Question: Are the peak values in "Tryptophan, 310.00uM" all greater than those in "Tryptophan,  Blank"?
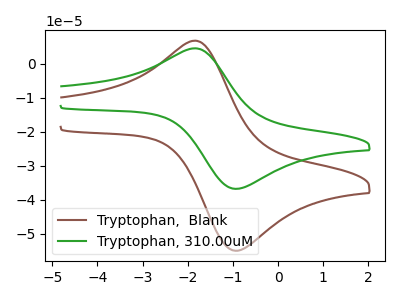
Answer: <think>The brown curve "Tryptophan,  Blank" has an anodic peak at (-1.85V, 6.80uA) and a cathodic peak at (-0.90V, -54.95uA). The green curve "Tryptophan, 310.00uM" has an anodic peak at (-1.85V, 4.55uA) and a cathodic peak at (-0.90V, -36.75uA).</think>
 <answer>Every peak in "Tryptophan, 310.00uM" is lower than every peak in "Tryptophan,  Blank".</answer>
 <eval>lower</eval>